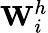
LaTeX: \textbf{W}_{i}^{h}